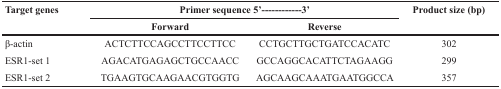
| <ROWSPAN=2> Target genes | <COLSPAN=2> Primer sequence 5’------------3’ | <ROWSPAN=2> Product size (bp) |
 | Forward | Reverse |
 | --- | --- | --- | --- |
 | β-actin | ACTCTTCCAGCCTTCCTTCC | CCTGCTTGCTGATCCACATC | 302 |
 | ESR1-set 1 | AGACATGAGAGCTGCCAACC | GCCAGGCACATTCTAGAAGG | 299 |
 | ESR1-set 2 | TGAAGTGCAAGAACGTGGTG | AGCAAGCAAATGAATGGCCA | 357 |